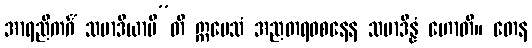
အာရညိကင်္ဂံ သမာဒိယာမီ”တိ ဣမေသံ အညတရဝစနေန သမာဒိန္နံ ဟောတိ။ တေန